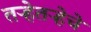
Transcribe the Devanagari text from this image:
तऱ्हेतऱ्हेचे